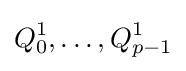
Q_{0}^{1},\dots ,Q_{p-1}^{1}